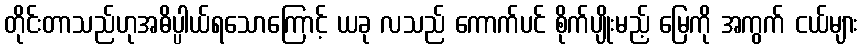
တိုင်းတာသည်ဟုအဓိပ္ပါယ်ရသောကြောင့် ယခု လသည် ကောက်ပင် စိုက်ပျိုးမည့် မြေကို အကွက် ငယ်များ